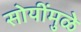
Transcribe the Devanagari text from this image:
सोयींमुळे